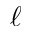
\ell